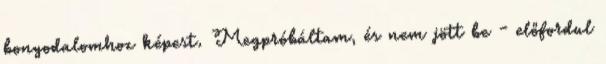
bonyodalomhoz képest. Megpróbáltam, és nem jött be - előfordul